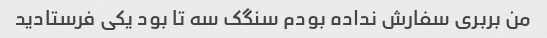
من بربری سفارش نداده بودم سنگک سه تا بود یکی فرستادید